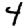
Digit: 4